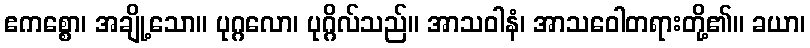
ဧကစ္စော၊ အချို့သော။ ပုဂ္ဂလော၊ ပုဂ္ဂိလ်သည်။ အာသဝါနံ၊ အာသဝေါတရားတို့၏။ ခယာ၊